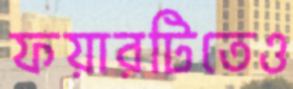
ফয়ারটিতেও